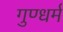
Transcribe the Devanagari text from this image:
गुण्धर्म